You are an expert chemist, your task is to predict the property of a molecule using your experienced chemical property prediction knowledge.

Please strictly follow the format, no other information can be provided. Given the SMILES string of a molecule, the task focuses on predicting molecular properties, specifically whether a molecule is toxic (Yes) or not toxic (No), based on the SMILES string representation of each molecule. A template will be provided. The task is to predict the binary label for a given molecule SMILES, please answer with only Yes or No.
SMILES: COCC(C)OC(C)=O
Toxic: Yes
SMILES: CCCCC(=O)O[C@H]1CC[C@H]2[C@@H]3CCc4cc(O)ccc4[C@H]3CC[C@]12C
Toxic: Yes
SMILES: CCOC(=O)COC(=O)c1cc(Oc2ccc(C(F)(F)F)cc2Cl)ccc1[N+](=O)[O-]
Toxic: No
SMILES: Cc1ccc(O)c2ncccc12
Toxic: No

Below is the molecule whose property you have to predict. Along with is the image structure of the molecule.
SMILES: CCCN(CCOc1c(Cl)cc(Cl)cc1Cl)C(=O)n1ccnc1
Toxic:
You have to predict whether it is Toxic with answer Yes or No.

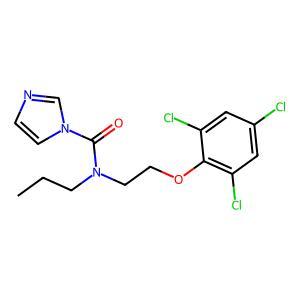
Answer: No